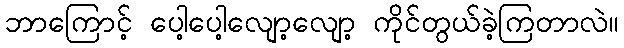
ဘာကြောင့် ပေါ့ပေါ့လျော့လျော့ ကိုင်တွယ်ခဲ့ကြတာလဲ။